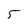
Character: 5